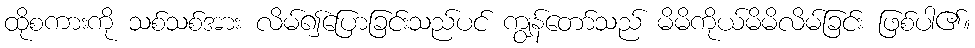
ထိုစကားကို သစ်သစ်အား လိမ်၍ပြောခြင်းသည်ပင် ကျွန်တော်သည် မိမိကိုယ်မိမိလိမ်ခြင်း ဖြစ်ပါ၏။